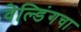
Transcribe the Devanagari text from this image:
वेल्डिंगचा